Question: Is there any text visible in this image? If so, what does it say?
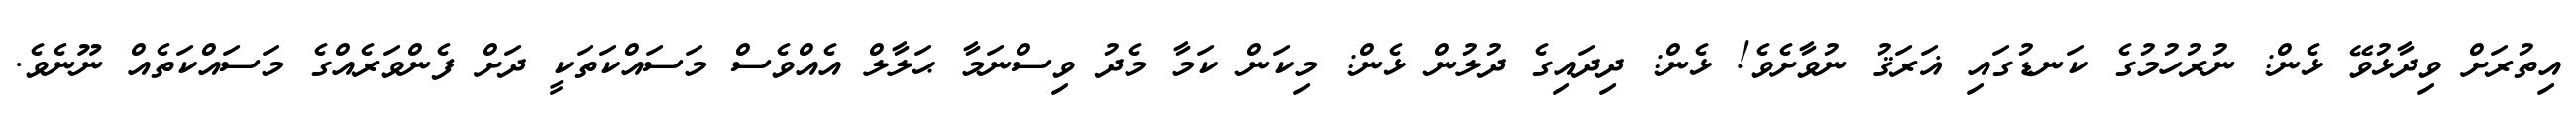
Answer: އިތުރަށް ވިދާޅުވޭ ޅެން: ނުރުހުމުގެ ކަނޑުގައި ޣަރަޤު ނުވާށެވެ! ޅެން: ދިދައިގެ ދުލުން ޅެން: މިކަން ކަމާ މެދު ވިސްނަމާ ޙަލާލް އެއްވެސް މަސައްކަތަކީ ދަށް ފެންވަރެއްގެ މަސައްކަތެއް ނޫނެވެ.